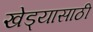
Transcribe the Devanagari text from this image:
खेड्यासाठी